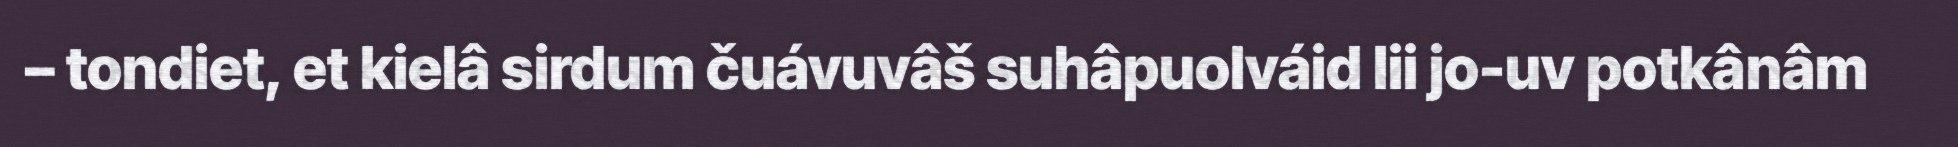
– tondiet, et kielâ sirdum čuávuvâš suhâpuolváid lii jo-uv potkânâm